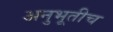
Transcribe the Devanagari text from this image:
अनुभूतीच